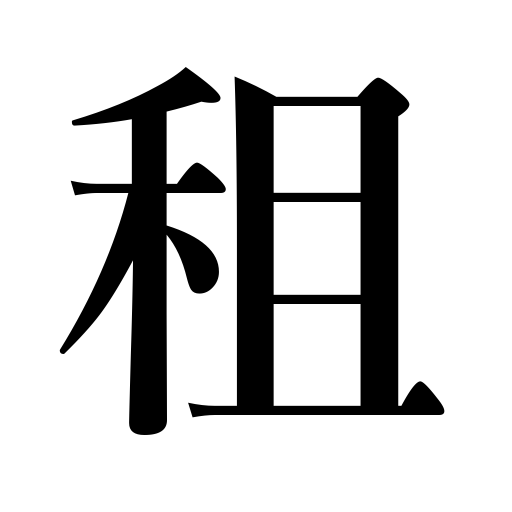
Meanings: crop tax,borrowing